Report on vaccination in the Province of Bengal - 1869-1873
Year: 1869
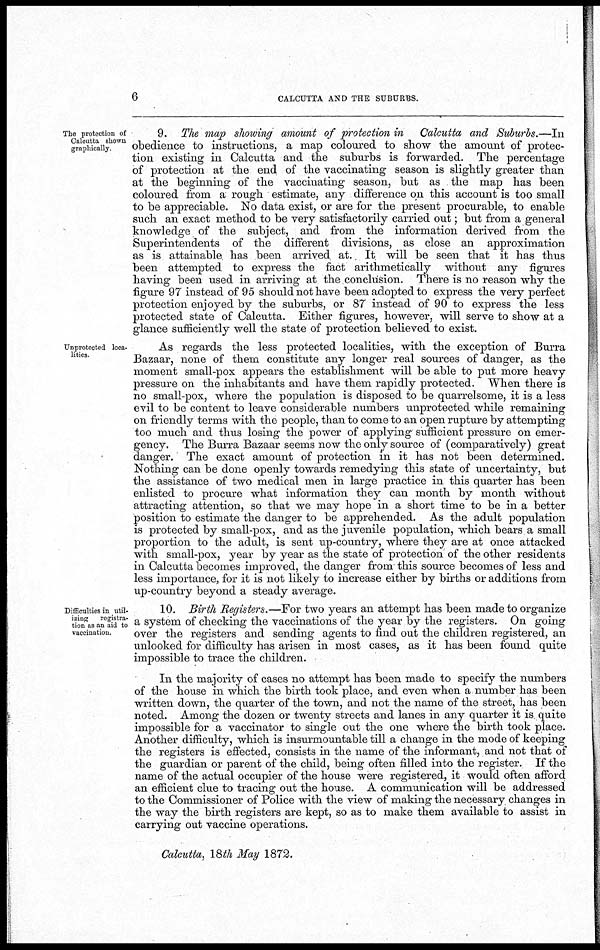
6
CALCUTTA AND THE SUBURBS.
The protection of
Calcutta shown
graphically.
9. The map showing amount of protection in Calcutta and Suburbs.—In
obedience to instructions, a map coloured to show the amount of protec-
tion existing in Calcutta and the suburbs is forwarded. The percentage
of protection at the end of the vaccinating season is slightly greater than
at the beginning of the vaccinating season, but as the map has been
coloured from a rough estimate, any difference on this account is too small
to be appreciable. No data exist, or are for the present procurable, to enable
such an exact method to be very satisfactorily carried out; but from a general
knowledge of the subject, and from the information derived from the
Superintendents of the different divisions, as close an approximation
as is attainable has been arrived at. It will be seen that it has thus
been attempted to express the fact arithmetically without any figures
having been used in arriving at the conclusion. There is no reason why the
figure 97 instead of 95 should not have been adopted to express the very perfect
protection enjoyed by the suburbs, or 87 instead of 90 to express the less
protected state of Calcutta. Either figures, however, will serve to show at a
glance sufficiently well the state of protection believed to exist.
Unprotected loca¬
lities.
As regards the less protected localities, with the exception of Burra
Bazaar, none of them constitute any longer real sources of danger, as the
moment small-pox appears the establishment will be able to put more heavy
pressure on the inhabitants and have them rapidly protected. When there is
no small-pox, where the population is disposed to be quarrelsome, it is a less
evil to be content to leave considerable numbers unprotected while remaining
on friendly terms with the people, than to come to an open rupture by attempting
too much and thus losing the power of applying sufficient pressure on emer-
gency. The Burra Bazaar seems now the only source of (comparatively) great
danger. The exact amount of protection in it has not been determined.
Nothing can be done openly towards remedying this state of uncertainty, but
the assistance of two medical men in large practice in this quarter has been
enlisted to procure what information they can month by month without
attracting attention, so that we may hope in a short time to be in a better
position to estimate the danger to be apprehended. As the adult population
is protected by small-pox, and as the juvenile population, which bears a small
proportion to the adult, is sent up-country, where they are at once attacked
with small-pox, year by year as the state of protection' of the other residents
in Calcutta becomes improved, the danger from this source becomes of less and
less importance, for it is not likely to increase either by births or additions from
up-country beyond a steady average.
Difficulties in util-
izing
registra-
tion as an aid to
vaccination.
10. Birth Registers.—For two years an attempt has been made to organize
a system of checking the vaccinations of the year by the registers. On going
over the registers and sending agents to find out the children registered, an
unlooked for difficulty has arisen in most cases, as it has been found quite
impossible to trace the children.
In the majority of cases no attempt has been made to specify the numbers
of the house in which the birth took place, and even when a number has been
written down, the quarter of the town, and not the name of the street, has been
noted. Among the dozen or twenty streets and lanes in any quarter it is quite
impossible for a vaccinator to single out the one where the birth took place.
Another difficulty, which is insurmountable till a change in the mode of keeping
the registers is effected, consists in the name of the informant, and not that of
the guardian or parent of the child, being often filled into the register. If the
name of the actual occupier of the house were registered, it would often afford
an efficient clue to tracing out the house. A communication will be addressed
to the Commissioner of Police with the view of making the necessary changes in
the way the birth registers are kept, so as to make them available to assist in
carrying out vaccine operations.
Calcutta, 18th May 1872.